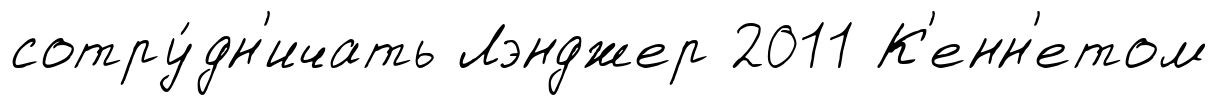
сотру́дн'ичать Лэнджер 2011 К'енн'етом